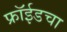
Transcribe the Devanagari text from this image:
फ्रॉईडचा